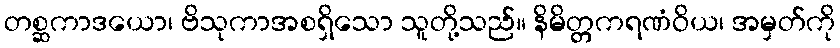
တစ္ဆကာဒယော၊ ဗိသုကာအစရှိသော သူတို့သည်။ နိမိတ္တကရဏံဝိယ၊ အမှတ်ကို